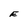
Character: E